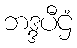
ဘဒ္ဒပီဌံ